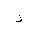
Letter: _dal